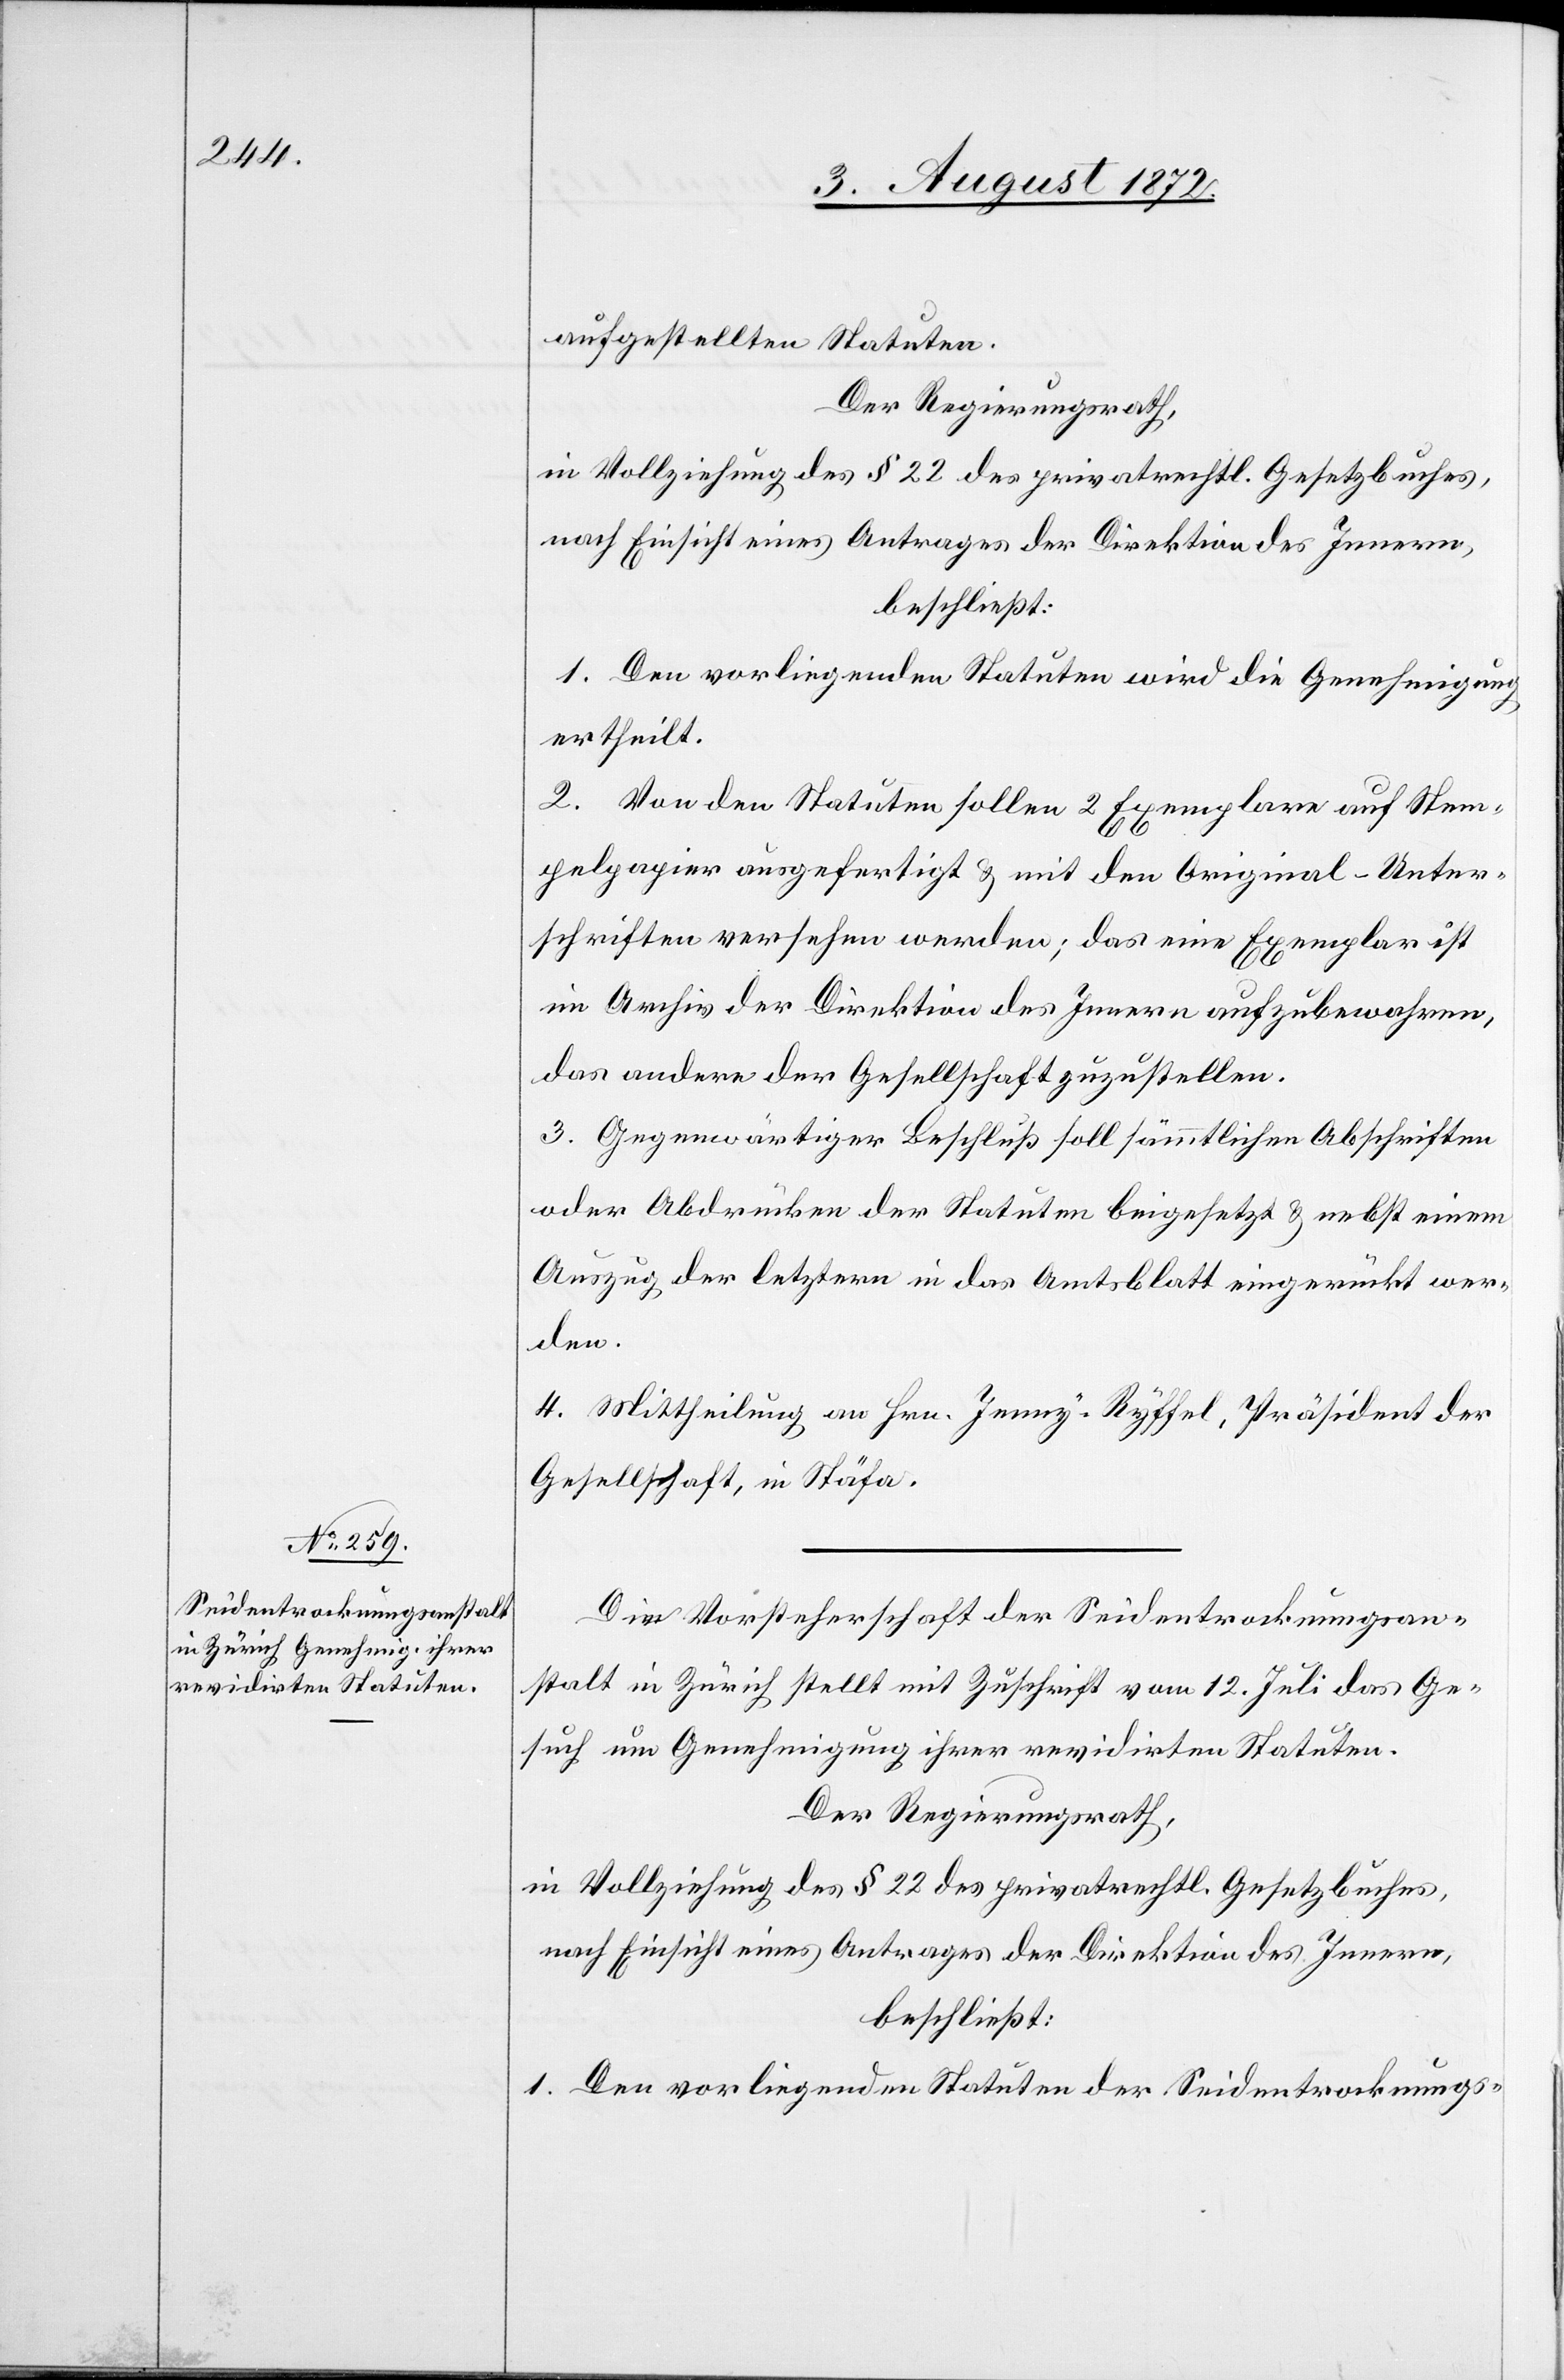
aufgestellten Statuten.
Der Regierungsrath,
in Vollziehung des § 22 des privatrechtl. Gesetzbuches,
nach Einsicht eines Antrages der Direktion des Innern,
beschließt:
1. Den vorliegenden Statuten wird die Genehmigung
ertheilt.
2. Von den Statuten sollen 2 Exemplare auf Stem¬
pelpapier ausgefertigt u. mit den Original-Unter¬
schriften versehen werden; das eine Exemplar ist
im Archiv der Direktion des Innern aufzubewahren,
das andere der Gesellschaft zuzustellen.
3. Gegenwärtiger Beschluß soll sämmtlichen Abschriften
oder Abdrücken der Statuten beigesetzt u. nebst einem
Auszug der letztern in das Amtsblatt eingerückt wer¬
den.
4. Mittheilung an Hrn. Jenny-Ryffel, Präsident der
Gesellschaft, in Stäfa.
Die Vorsteherschaft der Seidentrocknungsan¬
stalt in Zürich stellt mit Zuschrift vom 12. Juli das Ge¬
such um Genehmigung ihrer revidirten Statuten.
Der Regierungsrath,
in Vollziehung des § 22 des privatrechtl. Gesetzbuches,
nach Einsicht eines Antrages der Direktion des Innern,
beschließt:
1. Den vorliegenden Statuten der Seidentrocknungs-